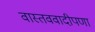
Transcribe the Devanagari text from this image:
वास्तववादीपणा